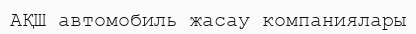
АҚШ автомобиль жасау компаниялары